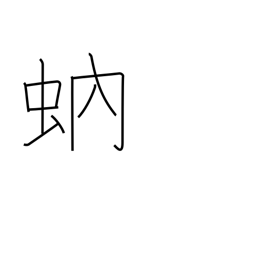
Meaning: gnat